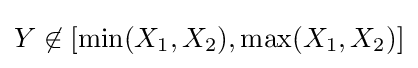
Y\not \in [\min(X_{1},X_{2}),\max(X_{1},X_{2})]